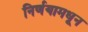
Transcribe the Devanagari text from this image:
निर्णयामधून